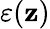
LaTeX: \varepsilon(\mathbf{z})